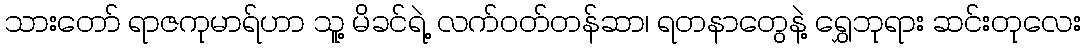
သားတော် ရာဇကုမာရ်ဟာ သူ့ မိခင်ရဲ့ လက်ဝတ်တန်ဆာ၊ ရတနာတွေနဲ့ ရွှေဘုရား ဆင်းတုလေး